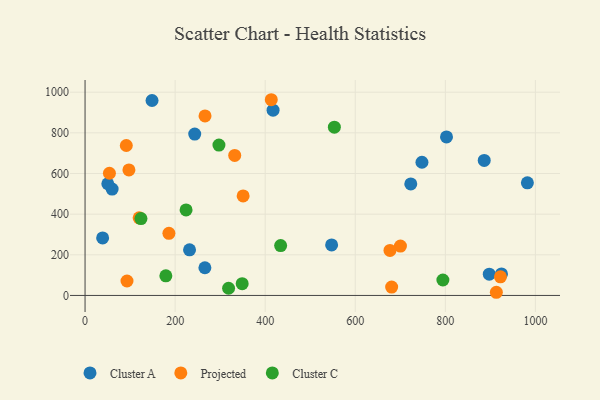
{"axis": {"x": "Ad Spend", "y": "Fuel Efficiency"}, "legend": ["Cluster A", "Cluster C", "Projected"], "data": [{"x": "417.5", "y": 911.5, "type": "Cluster A"}, {"x": "39.0", "y": 282.8, "type": "Cluster A"}, {"x": "886.4", "y": 664.2, "type": "Cluster A"}, {"x": "148.7", "y": 959.2, "type": "Cluster A"}, {"x": "60.1", "y": 523.3, "type": "Cluster A"}, {"x": "266.1", "y": 136.3, "type": "Cluster A"}, {"x": "748.1", "y": 655.4, "type": "Cluster A"}, {"x": "802.6", "y": 780.2, "type": "Cluster A"}, {"x": "897.6", "y": 104.9, "type": "Cluster A"}, {"x": "243.5", "y": 794.0, "type": "Cluster A"}, {"x": "232.0", "y": 224.3, "type": "Cluster A"}, {"x": "982.2", "y": 554.3, "type": "Cluster A"}, {"x": "547.5", "y": 248.7, "type": "Cluster A"}, {"x": "924.7", "y": 105.7, "type": "Cluster A"}, {"x": "50.5", "y": 549.6, "type": "Cluster A"}, {"x": "723.3", "y": 548.9, "type": "Cluster A"}, {"x": "922.4", "y": 91.5, "type": "Projected"}, {"x": "700.3", "y": 243.1, "type": "Projected"}, {"x": "54.1", "y": 601.2, "type": "Projected"}, {"x": "332.3", "y": 688.7, "type": "Projected"}, {"x": "120.1", "y": 382.0, "type": "Projected"}, {"x": "186.2", "y": 305.7, "type": "Projected"}, {"x": "266.4", "y": 883.2, "type": "Projected"}, {"x": "913.3", "y": 15.6, "type": "Projected"}, {"x": "677.1", "y": 221.7, "type": "Projected"}, {"x": "413.5", "y": 963.0, "type": "Projected"}, {"x": "93.1", "y": 71.1, "type": "Projected"}, {"x": "97.4", "y": 617.4, "type": "Projected"}, {"x": "680.8", "y": 41.1, "type": "Projected"}, {"x": "91.6", "y": 737.8, "type": "Projected"}, {"x": "351.0", "y": 489.6, "type": "Projected"}, {"x": "348.9", "y": 57.8, "type": "Cluster C"}, {"x": "553.6", "y": 827.7, "type": "Cluster C"}, {"x": "297.3", "y": 740.1, "type": "Cluster C"}, {"x": "124.1", "y": 378.0, "type": "Cluster C"}, {"x": "794.6", "y": 76.0, "type": "Cluster C"}, {"x": "179.4", "y": 96.7, "type": "Cluster C"}, {"x": "318.7", "y": 35.4, "type": "Cluster C"}, {"x": "224.3", "y": 420.9, "type": "Cluster C"}, {"x": "434.3", "y": 245.2, "type": "Cluster C"}]}